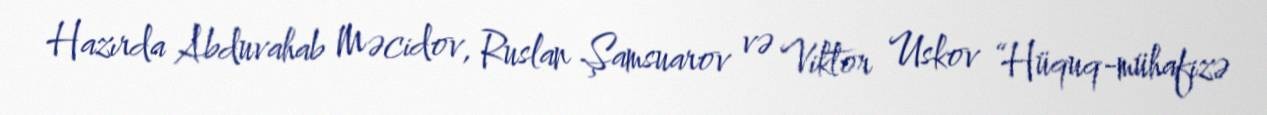
Hazırda Abduvahab Məcidov, Ruslan Şamsuarov və Viktor Uskov “Hüquq-mühafizə